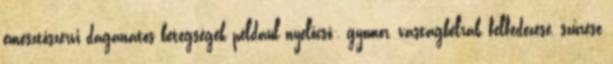
emésztőszervi daganatos betegségek például nyelőcső-, gyomor, vastagbélrák felfedezése, szűrése